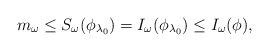
\begin{align*}m_\omega \leq S_\omega(\phi_{\lambda_0}) = I_\omega(\phi_{\lambda_0}) \leq I_\omega(\phi),\end{align*}